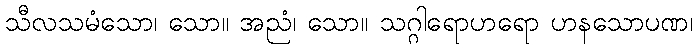
သီလသမံသော၊ သော။ အညံ၊ သော။ သဂ္ဂါရောဟရော ဟနသောပဏ၊